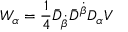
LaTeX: W _ { \alpha } = \frac 1 4 \bar { D } _ { \dot { \beta } } \bar { D } ^ { \dot { \beta } } D _ { \alpha } V